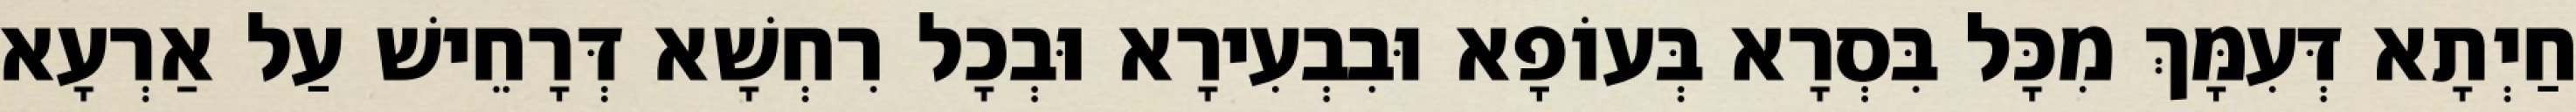
חַיְתָא דְּעִמָּךְ מִכָּל בִּסְרָא בְּעוֹפָא וּבִבְעִירָא וּבְכָל רִחְשָׁא דְּרָחֵישׁ עַל אַרְעָא